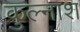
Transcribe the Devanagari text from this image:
कुल्नाश